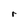
Character: r